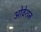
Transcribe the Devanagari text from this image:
ओवेशन